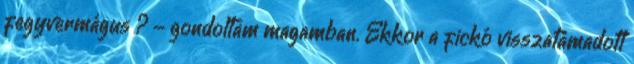
fegyvermágus ? - gondoltam magamban. Ekkor a fickó visszatámadott